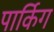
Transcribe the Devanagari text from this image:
पार्किग